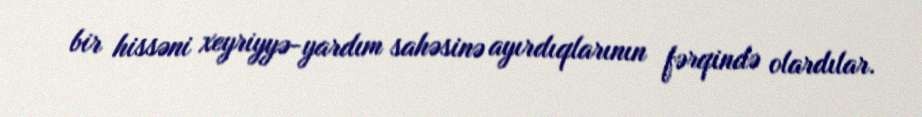
bir hissəni xeyriyyə-yardım sahəsinə ayırdıqlarının fərqində olardılar.